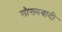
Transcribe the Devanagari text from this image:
सौख्यवादी